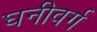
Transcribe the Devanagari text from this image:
घनीवर्ग